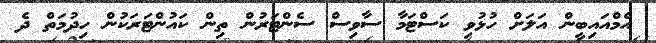
އެމްއައިބީން އަލަށް ހުޅުވި ކަސްޓަމާ ސާވިސް ސެންޓަރުން ތިން ކައުންޓަރަކުން ހިދުމަތް ދެ